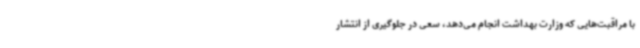
با مراقبت‌هایی که وزارت بهداشت انجام می‌دهد، سعی در جلوگیری از انتشار